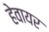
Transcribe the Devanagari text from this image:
हेवायर